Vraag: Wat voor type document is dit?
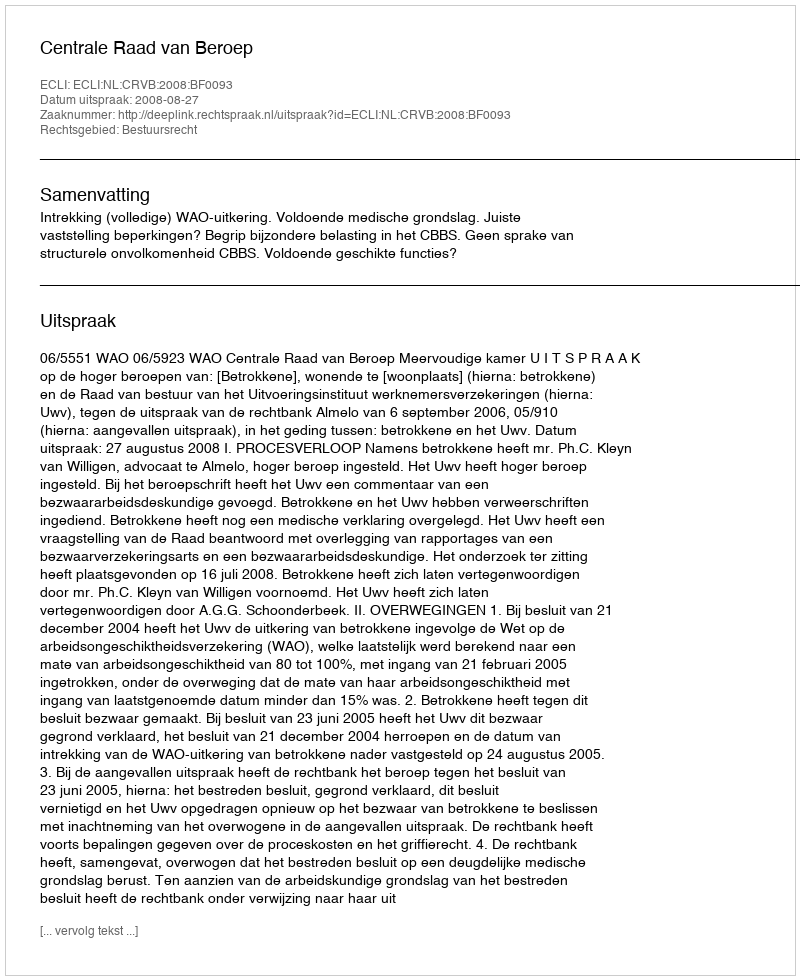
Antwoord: Uitspraak